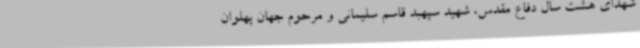
شهدای هشت سال دفاع مقدس، شهید سپهبد قاسم سلیمانی و مرحوم جهان پهلوان